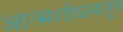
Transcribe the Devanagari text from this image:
आत्मशोधनातून